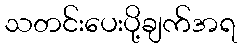
သတင်းပေးပို့ချက်အရ